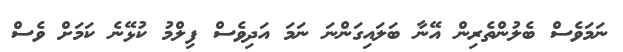
ނަމަވެސް ބެލުންތެރިން އޭނާ ބަލައިގަންނަ ނަމަ އަދިވެސް ފިލްމު ކުޅޭނެ ކަމަށް ވެސް